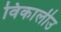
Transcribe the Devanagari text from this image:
विकालीउ